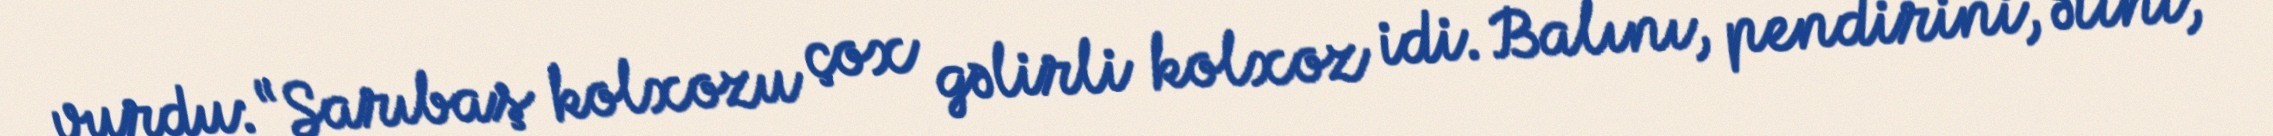
vurdu: “Sarıbaş kolxozu çox gəlirli kolxoz idi. Balını, pendirini, ətini,